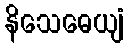
နိသေဓေယျံ